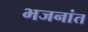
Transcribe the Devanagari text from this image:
भजनांत